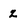
Character: z